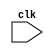
module synchronous_behavior (
    input wire clk,
    // declare other input and output ports here as needed
    
);

// declare reg and wire variables here

always @ (negedge clk) begin
    // statements to be executed on falling edge of clock signal
end

endmodule